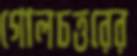
গোলচত্তরের